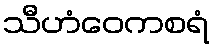
သီဟံဝေကစရံ